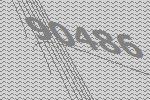
90486